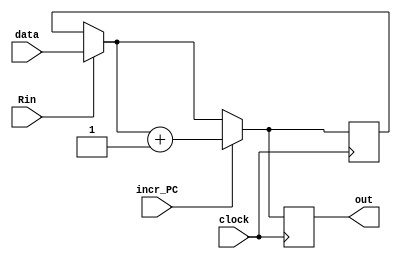
module PC(clock,incr_PC,Rin,out,data);
	input clock, Rin, incr_PC;
	input [15:0] data;
	output reg [15:0] out;
	reg [15:0] Q;
	
	
	initial begin
		Q = 16'b0; //Inicializa na primeira instrucao
	end
	
	always@(posedge clock) begin 
		if(Rin) begin
			Q = data;
		end
		if(incr_PC) begin
			Q = Q + 16'b1;
		end
		out = Q;
	end
endmodule